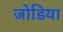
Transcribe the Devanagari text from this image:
जोडिया